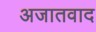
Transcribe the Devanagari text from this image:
अजातवाद